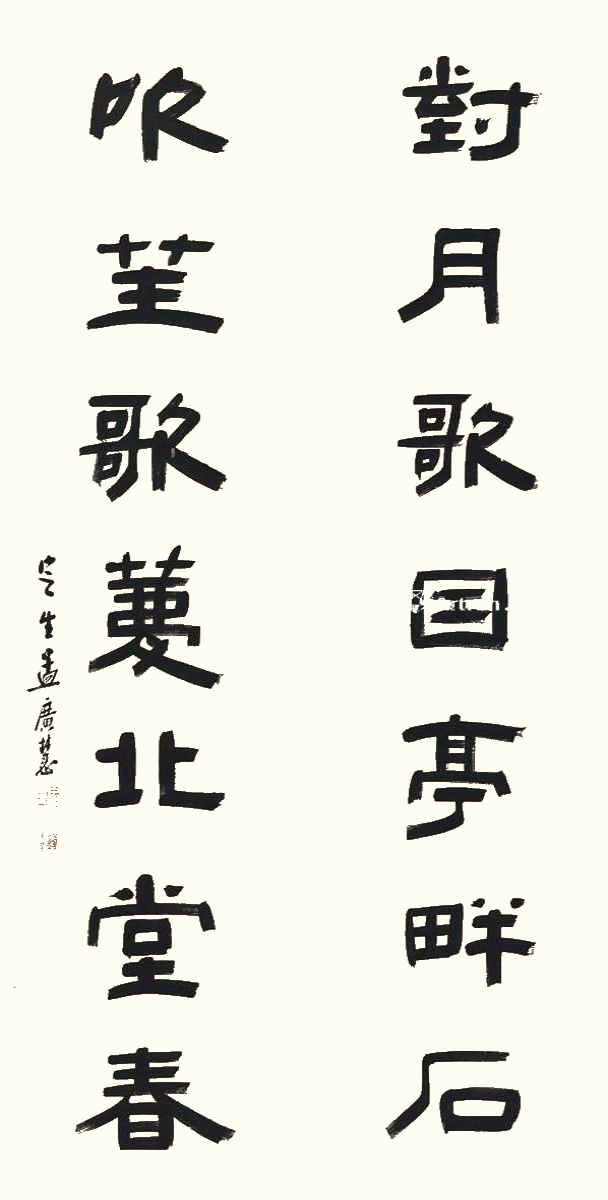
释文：对月歌因亭畔石，吹笙歌庆北堂春。定生孟广慧。